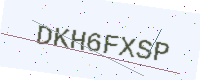
Text: DKH6FXSP